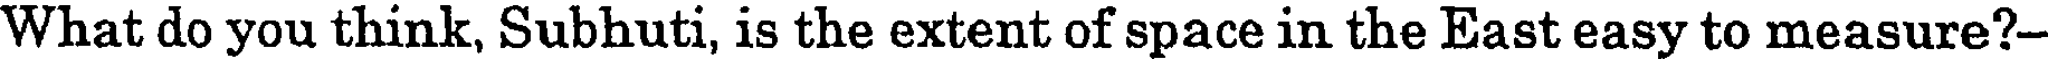
What do you think, Subhuti, is the extent of space in the East easy to measure?-